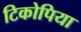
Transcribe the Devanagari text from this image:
टिकोपिया